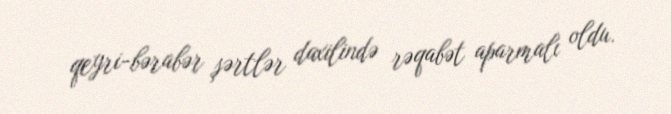
qeyri-bərabər şərtlər daxilində rəqabət aparmalı oldu.